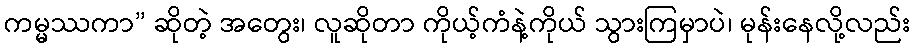
ကမ္မဿကာ” ဆိုတဲ့ အတွေး၊ လူဆိုတာ ကိုယ့်ကံနဲ့ကိုယ် သွားကြမှာပဲ၊ မုန်းနေလို့လည်း